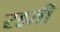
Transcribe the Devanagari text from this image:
रडती